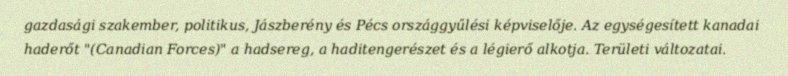
gazdasági szakember, politikus, Jászberény és Pécs országgyűlési képviselője. Az egységesített kanadai haderőt "(Canadian Forces)" a hadsereg, a haditengerészet és a légierő alkotja. Területi változatai.